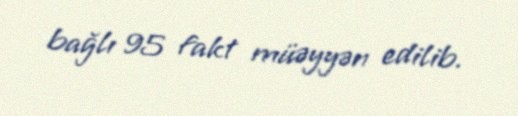
bağlı 95 fakt müəyyən edilib.